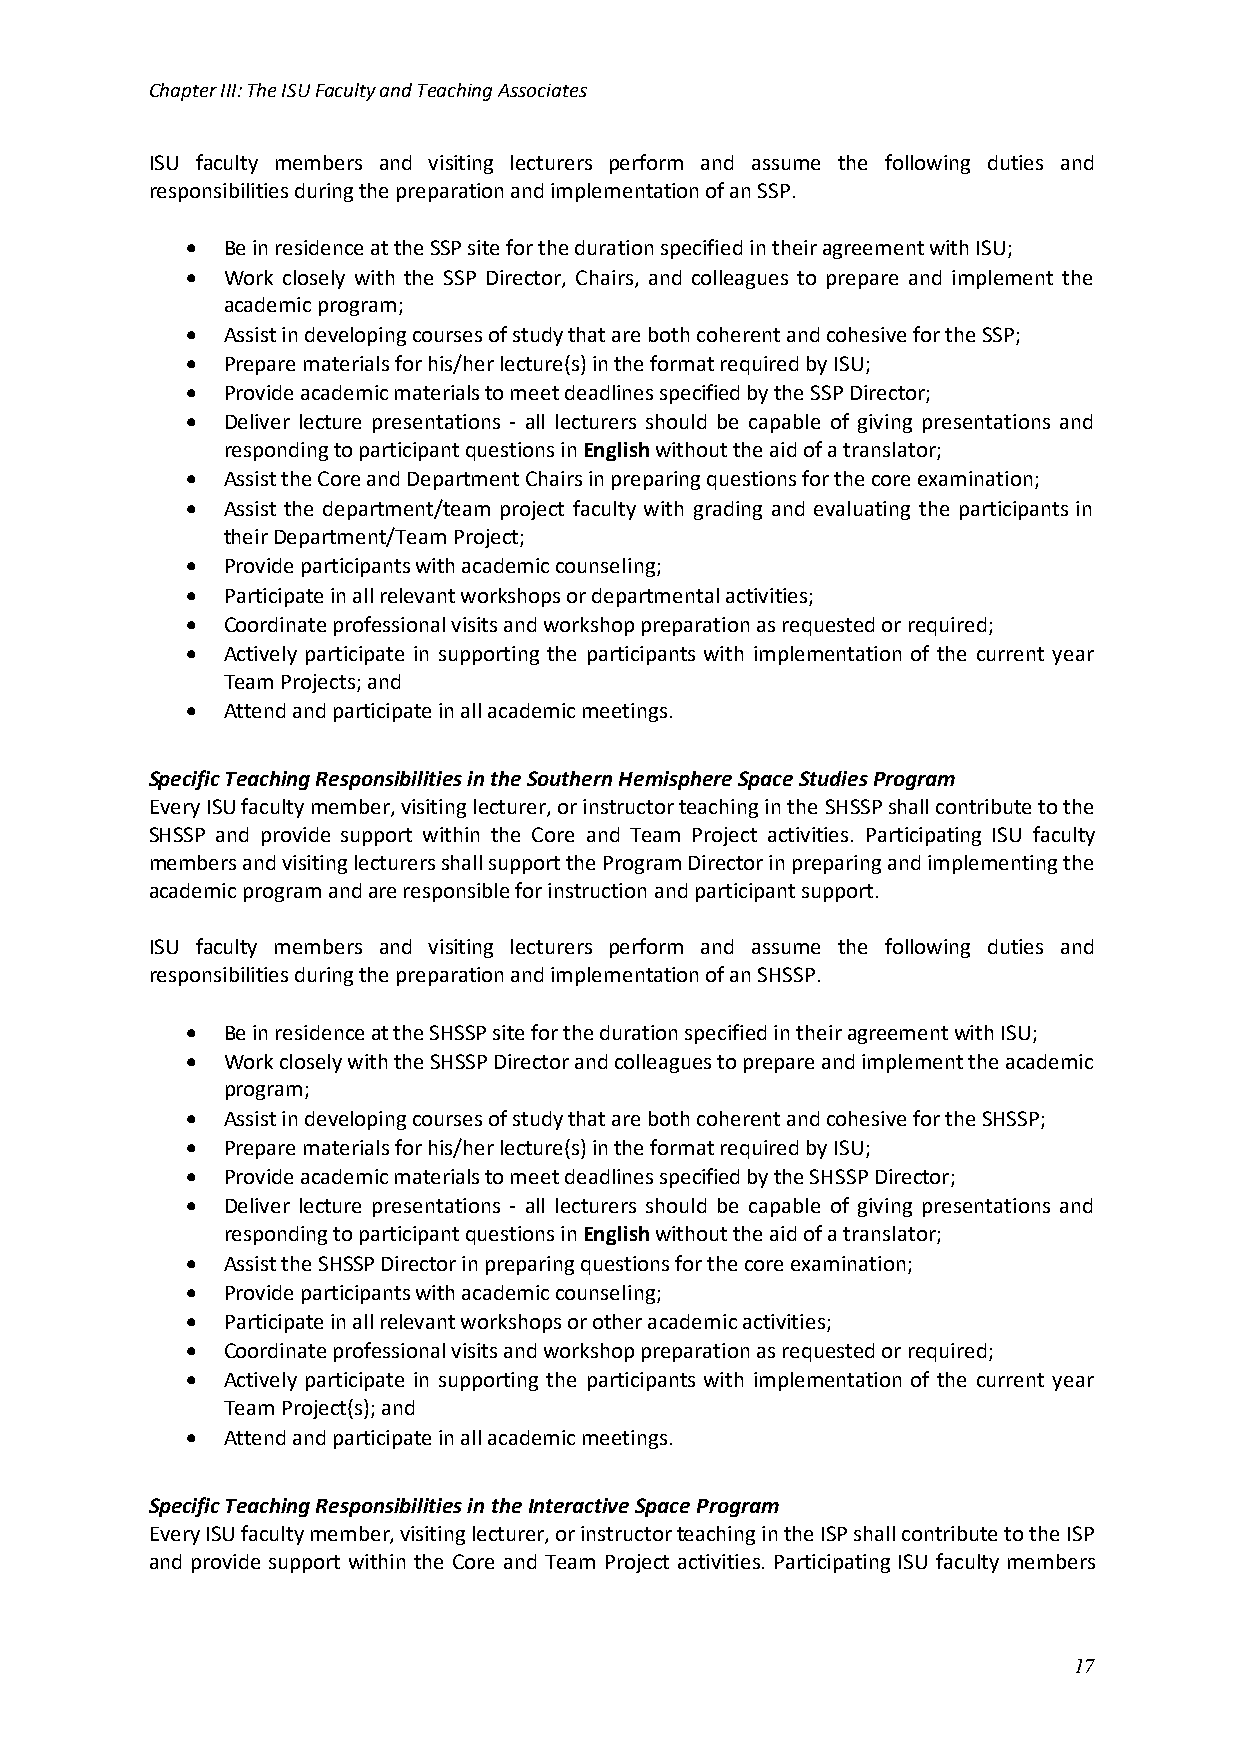
Chapter III: The ISU Faculty and Teaching Associates
 ISU faculty members and visiting lecturers perform and assume the following duties and
 responsibilities during the preparation and implementation of an SSP.
 •  Be in residence at the SSP site for the duration specified in their agreement with ISU;
 •  Work closely with the SSP Director, Chairs, and colleagues to prepare and implement the
 academic program;
 •  Assist in developing courses of study that are both coherent and cohesive for the SSP;
 •  Prepare materials for his/her lecture(s) in the format required by ISU;
 •  Provide academic materials to meet deadlines specified by the SSP Director;
 •  Deliver lecture presentations - all lecturers should be capable of giving presentations and
 responding to participant questions in English without the aid of a translator;
 •  Assist the Core and Department Chairs in preparing questions for the core examination;
 •  Assist the department/team project faculty with grading and evaluating the participants in
 their Department/Team Project;
 •  Provide participants with academic counseling;
 •  Participate in all relevant workshops or departmental activities;
 •  Coordinate professional visits and workshop preparation as requested or required;
 •  Actively participate in supporting the participants with implementation of the current year
 Team Projects; and
 •  Attend and participate in all academic meetings.
 Specific Teaching Responsibilities in the Southern Hemisphere Space Studies Program
 Every ISU faculty member, visiting lecturer, or instructor teaching in the SHSSP shall contribute to the
 SHSSP and provide support within the Core and Team Project activities. Participating ISU faculty
 members and visiting lecturers shall support the Program Director in preparing and implementing the
 academic program and are responsible for instruction and participant support.
 ISU faculty members and visiting lecturers perform and assume the following duties and
 responsibilities during the preparation and implementation of an SHSSP.
 •  Be in residence at the SHSSP site for the duration specified in their agreement with ISU;
 •  Work closely with the SHSSP Director and colleagues to prepare and implement the academic
 program;
 •  Assist in developing courses of study that are both coherent and cohesive for the SHSSP;
 •  Prepare materials for his/her lecture(s) in the format required by ISU;
 •  Provide academic materials to meet deadlines specified by the SHSSP Director;
 •  Deliver lecture presentations - all lecturers should be capable of giving presentations and
 responding to participant questions in English without the aid of a translator;
 •  Assist the SHSSP Director in preparing questions for the core examination;
 •  Provide participants with academic counseling;
 •  Participate in all relevant workshops or other academic activities;
 •  Coordinate professional visits and workshop preparation as requested or required;
 •  Actively participate in supporting the participants with implementation of the current year
 Team Project(s); and
 •  Attend and participate in all academic meetings.
 Specific Teaching Responsibilities in the Interactive Space Program
 Every ISU faculty member, visiting lecturer, or instructor teaching in the ISP shall contribute to the ISP
 and provide support within the Core and Team Project activities. Participating ISU faculty members
 17